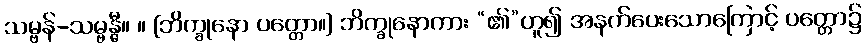
သမ္ဗန်-သမ္ဗန္ဓီ။ ။ [ဘိက္ခုနော ပတ္တော။] ဘိက္ခုနောကား “၏”ဟူ၍ အနက်ပေးသောကြောင့် ပတ္တော၌